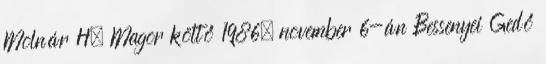
Molnár H. Magor költő 1986. november 6-án Bessenyei Gedő